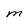
Character: M